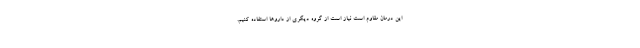
این درمان مقاوم است نیاز است از گروه دیگری از دارو‌ها استفاده کنیم.